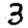
Digit: 3